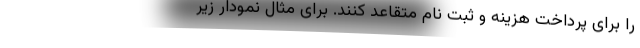
را برای پرداخت هزینه و ثبت نام متقاعد کنند. برای مثال نمودار زیر